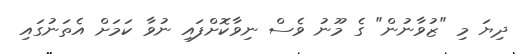
ދިޔަ މި "ޒުވާނުން" ގެ މޫނު ވެސް ނިވާކޮށްފައި ނުވާ ކަމަށް އެތަނުގައި